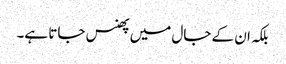
بلکہ ان کے جال میں پھنس جاتا ہے۔